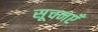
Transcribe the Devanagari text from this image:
सूचनएँ